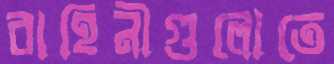
বাহিনীগুলোতে